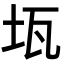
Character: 𤬪